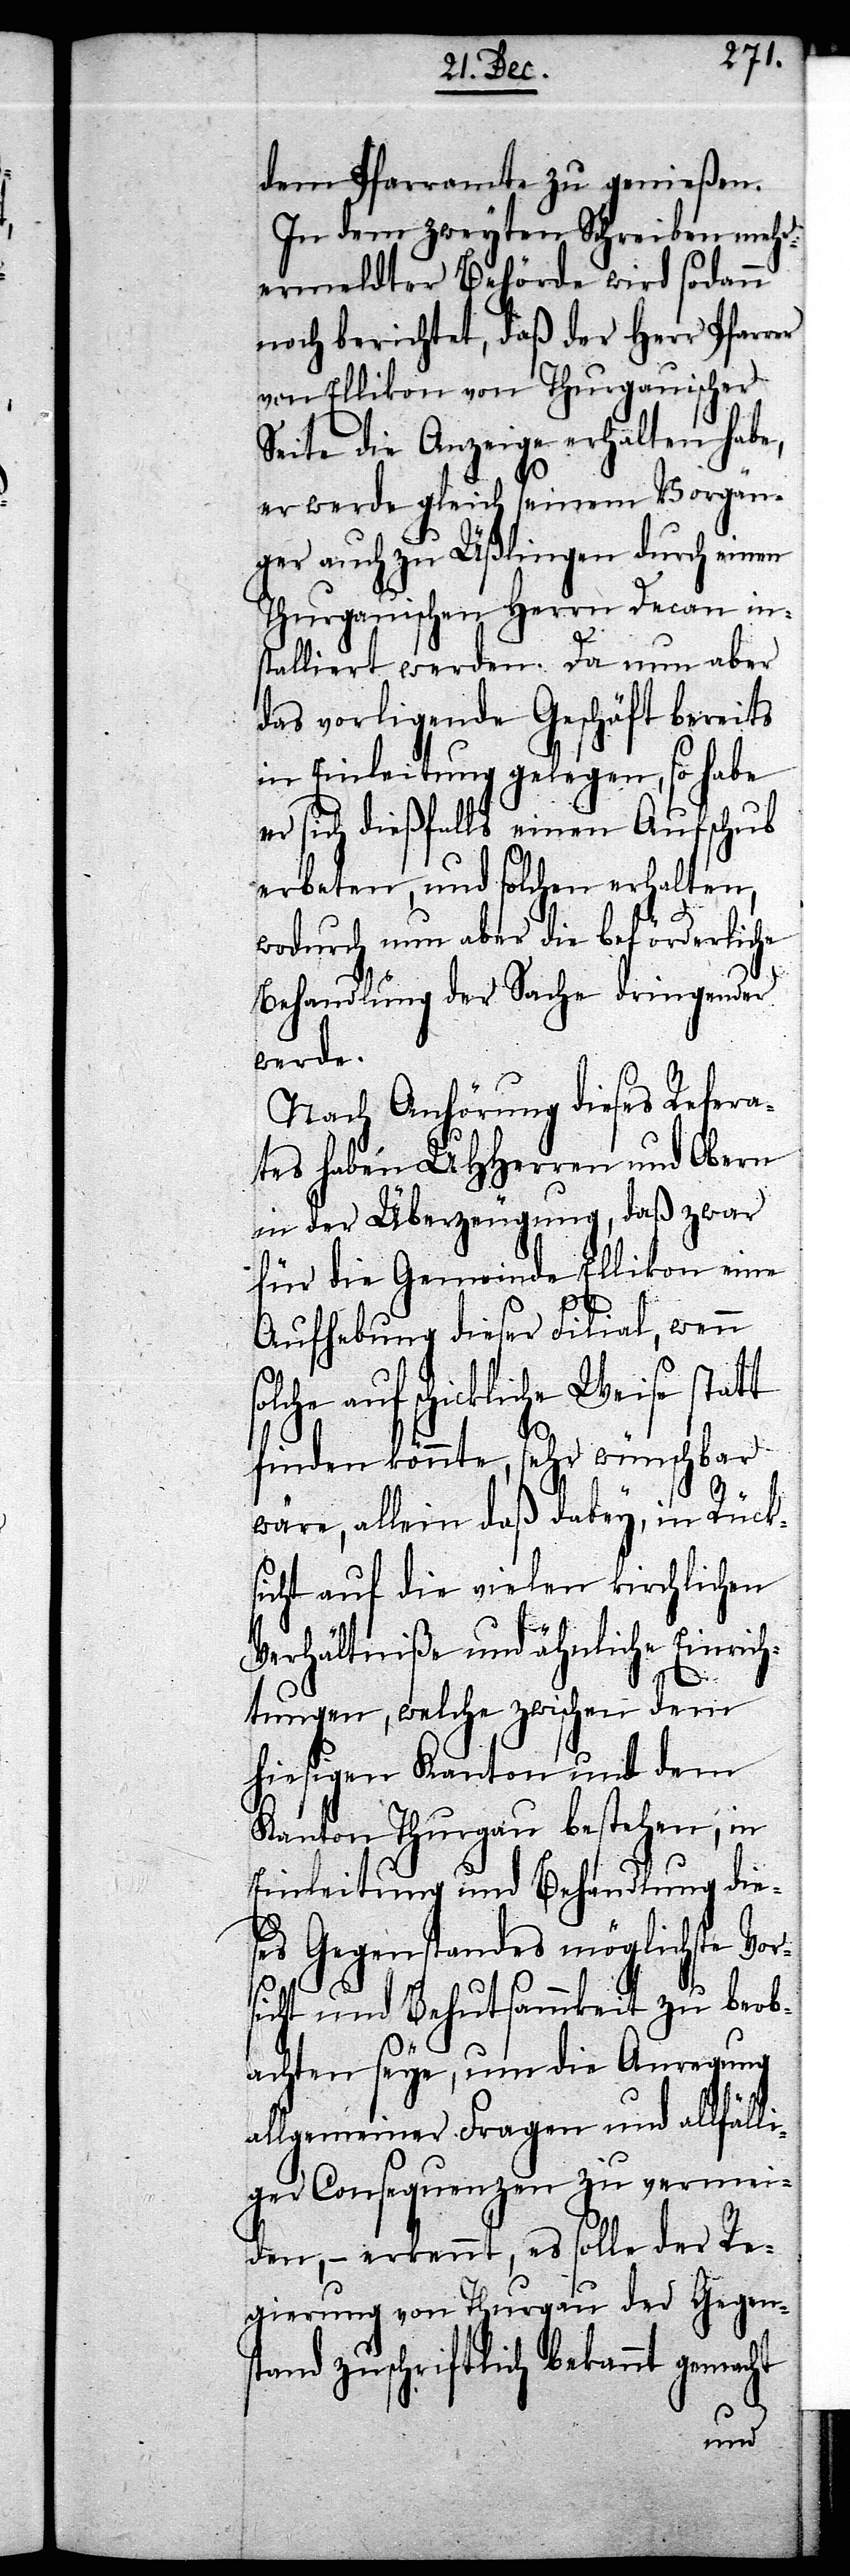
dem Pfarramte zu genießen.
In dem zweyten Schreiben mehr¬
ermeldter Behörde wird sodann
noch berichtet, daß der Herr Pfarrer
von Ellikon von Thurgauischer
Seite die Anzeige erhalten habe,
er werde gleich seinem Vorgän¬
ger auch zu Üßlingen durch einen
Thurgauischen Herrn Decan ins¬
talliert werden. Da nun aber
das vorliegende Geschäft bereits
in Einleitung gelegen, so habe
er sich dießfalls einen Aufschub
erbeten, und solchen erhalten,
wodurch nun aber die beförderliche
Behandlung der Sache dringender
Nach Anhörung dieses Refera¬
tes haben UHHerren und Obern
in der Überzeugung, daß zwar
für die Gemeinde Ellikon eine
Aufhebung dieser Filial, wenn
olche auf schickliche Weise statt
finden könnte, sehr wünschbar
wäre, allein daß dabey, in Rück¬
sicht auf die vielen kirchlichen
Verhältniße und ähnliche Einrich¬
s¬
tungen, welche zwischen dem
hiesigen Kanton und dem
Kanton Thurgau bestehen, in
Einleitung und Behandlung die¬
ses Gegenstandes möglichste Vor¬
sicht und Behutsammkeit zu beob¬
achten seye, um die Anregung
allgemeiner Fragen und allfälli¬
ger Consequenzen zu vermei¬
den, – erkennt, es solle der Re¬
gierung von Thurgau der Gegen¬
stand zuschriftlich bekannt gemacht